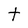
Character: t